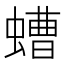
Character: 螬